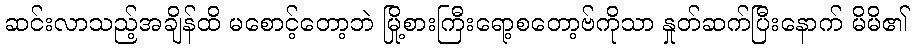
ဆင်းလာသည့်အချိန်ထိ မစောင့်တော့ဘဲ မြို့စားကြီးရော့စတော့ဗ်ကိုသာ နှုတ်ဆက်ပြီးနောက် မိမိ၏